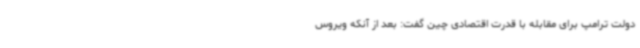
دولت ترامپ برای مقابله با قدرت اقتصادی چین گفت: بعد از آنکه ویروس